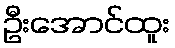
ဦးအောင်ထူး